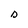
Character: D